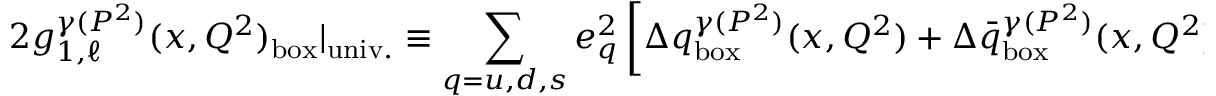
2 g _ { 1 , \ell } ^ { \gamma ( P ^ { 2 } ) } ( x , Q ^ { 2 } ) _ { \mathrm { b o x } } | _ { \mathrm { u n i v . } } \equiv \sum _ { q = u , d , s } e _ { q } ^ { 2 } \left[ \Delta q _ { \mathrm { b o x } } ^ { \gamma ( P ^ { 2 } ) } ( x , Q ^ { 2 } ) + \Delta \bar { q } _ { \mathrm { b o x } } ^ { \gamma ( P ^ { 2 } ) } ( x , Q ^ { 2 } ) \right]